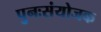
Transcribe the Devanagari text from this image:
पुनःसंयोजक